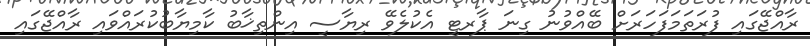
ރާއްޖޭގައި ފުރަތަމަފަހަރަށް ބޭއްވުނު ގިނަ ޕާރޓީ އެކުލެވޭ ރިޔާސީ އިންތިޚާބު ކާމިޔާބުކުރައްވައި ރާއްޖޭގައި